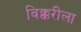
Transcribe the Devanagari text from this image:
विक्करीला